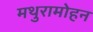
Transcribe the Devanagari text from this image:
मथुरामोहन